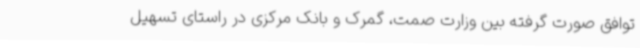
توافق صورت گرفته بین وزارت صمت، گمرک و بانک مرکزی در راستای تسهیل